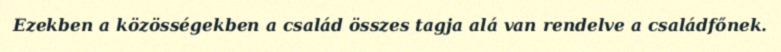
Ezekben a közösségekben a család összes tagja alá van rendelve a családfőnek.